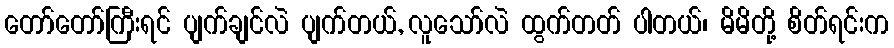
တော်တော်ကြီးရင် ပျက်ချင်လဲ ပျက်တယ်, လူသော်လဲ ထွက်တတ် ပါတယ်၊ မိမိတို့ စိတ်ရင်းက